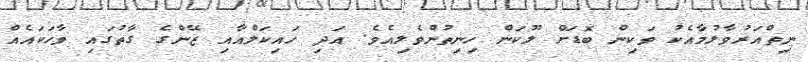
ނިތްއަރުވާލުމާއެކު ވަކިން ބޮޑަށް ލޫކަން ހިނިތުންވެލިއެވެ. އަދި ހައިކަލްއާއި ޒޭންގެ ގާތުގައި ވާހަކައެއް